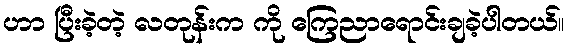
ဟာ ပြီးခဲ့တဲ့ လတုန်းက ကို ကြေညာရောင်းချခဲ့ပါတယ်။